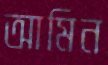
আমিন